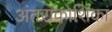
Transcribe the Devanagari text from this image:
अंतराकोशिका